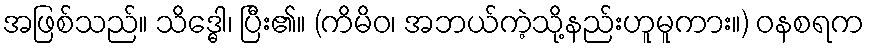
အဖြစ်သည်။ သိဒ္ဓေါ၊ ပြီး၏။ (ကိမိဝ၊ အဘယ်ကဲ့သို့နည်းဟူမူကား။) ဝနစရက